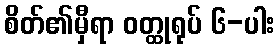
စိတ်၏မှီရာ ဝတ္ထုရုပ် ၆-ပါး